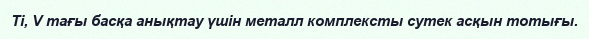
Ti, V тағы басқа анықтау үшін металл комплексты сутек асқын тотығы.